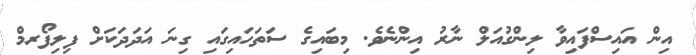
އިން އައިސްފައިވާ ލިންގުއަލް ނާރު އިންނެވެ. މިބައިގެ ސަތަހައިގައި ގިނަ އަދަދަކަށް ފިލިފޯރމް